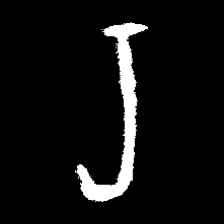
Pyu character \u2014 Myanmar letter: ရ (romanized: ra)